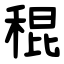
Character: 䅙